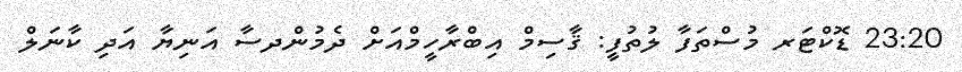
23:20 ޑޮކްޓަރ މުސްތަފާ ލުތުފީ: ޤާސިމް އިބްރާހީމްއަށް ދެމުންދސާ އަނިޔާ އަދި ކާނަލް